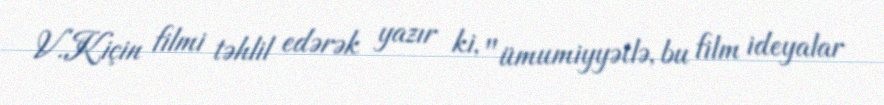
V.Kiçin filmi təhlil edərək yazır ki, "ümumiyyətlə, bu film ideyalar